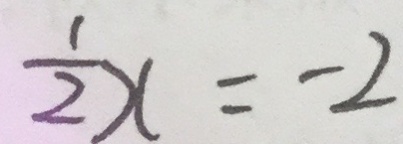
\frac { 1 } { 2 } x = - 2